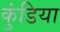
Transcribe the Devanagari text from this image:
कुंडिया